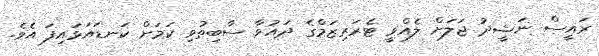
ރައީސް ނަޝީދު ޖަލަށް ލެއްވީ ޓެރަރިޒަމްގެ ދައުވާ ސާބިތުވި ކަމަށް ކަނޑައަޅައިފަ އެވެ.